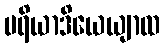
ပရိယာဒိယေယျာထ